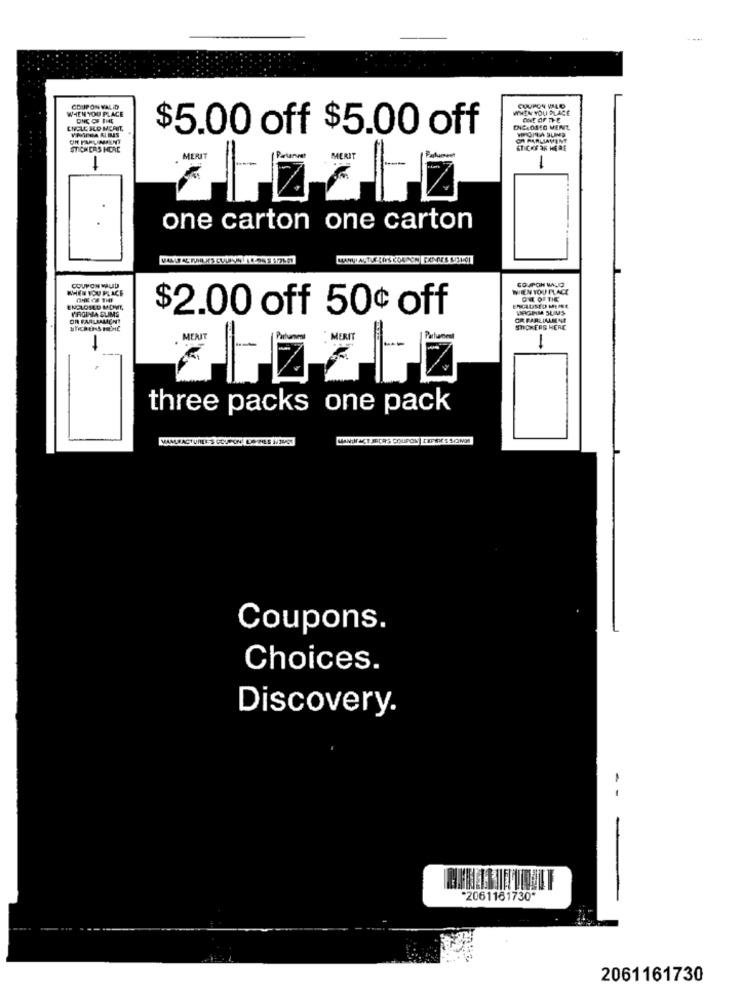
WHEN YOU PLACE
COUPON WALID
WHEN YOU PLACE
ONE OF THE
$5.00 off $5.00 off
ENCLOSED MENT,
OR PARLIMENT
OM PARLIAMENT
STICKERS HERE
MERIT
1
-
.
one carton one carton
COUPON MAJD
WHEN YOU PLACE
HEN YOU PLACE
ENCLOSED MOVIE,
VIRGINIA SUMS
$2.00 off 50¢ off
VAGINM SUMS
OR PARLIAMENT
SHOWERS HERE
-
-
three packs one pack
MANUFACTUREE:S COUPON! LOTREES IJUST
Coupons.
Choices.
Discovery.
-
"2061161730*
2061161730